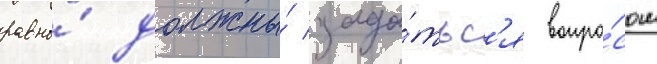
равно́ должны́ зада́тьс'я вопро́сом